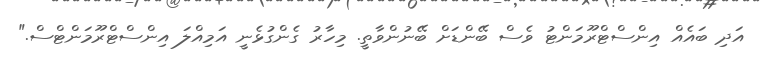
އަދި ބައެއް އިންސްޓްރޫމަންޓު ވެސް ބޭންޑަށް ބޭނުންވާތީ. މިހާރު ގެންގުޅެނީ އަމިއްލަ އިންސްޓްރޫމަންޓްސް."